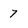
Character: 7